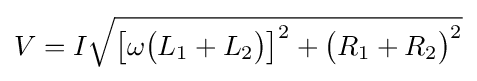
V=I{\sqrt {{\bigl [}\omega {\bigl (}L_{1}+L_{2}{\bigr )}{\bigr ]}^{2}+{\bigl (}R_{1}+R_{2}{\bigr )}^{2}}}